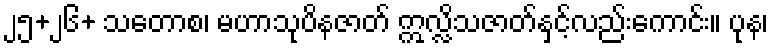
၂၅+၂၆+ သတောစ၊ မဟာသုပိနဇာတ် ဣလ္လိသဇာတ်နှင့်လည်းကောင်း။ ပုန၊